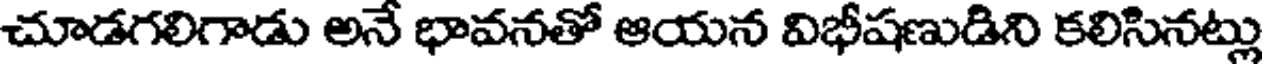
చూడగలిగాడు అనే భావనతో ఆయన విభీషణుడిని కలిసినట్లు